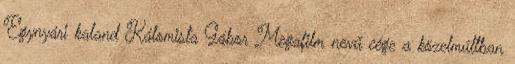
Egynyári kaland Kálomista Gábor Megafilm nevű cége a közelmúltban